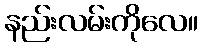
နည်းလမ်းကိုလေ။